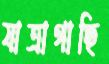
যাত্রাগাছি